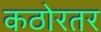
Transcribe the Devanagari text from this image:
कठोरतर